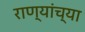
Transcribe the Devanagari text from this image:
राण्यांच्या